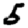
Digit: 5